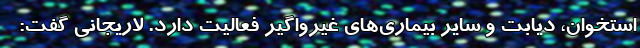
استخوان، دیابت و سایر بیماری‌های غیرواگیر فعالیت دارد. لاریجانی گفت: